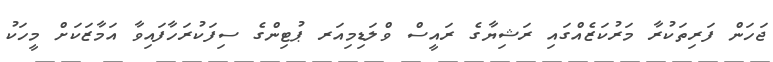
ޖަހަން ފަރިތަކުރާ މަރުކަޒެއްގައި ރަޝިޔާގެ ރައީސް ވްލަޑިމިއަރ ޕުޓިންގެ ސިފަކުރަހާފައިވާ އަމާޒަކަށް މީހަކު